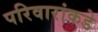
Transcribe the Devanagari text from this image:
परिवारांकडे